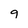
Character: 9